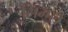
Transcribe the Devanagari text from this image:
सिम्प्ले